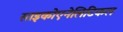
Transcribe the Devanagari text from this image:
साइकोएनेलिटिकल